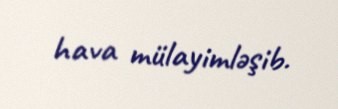
hava mülayimləşib.